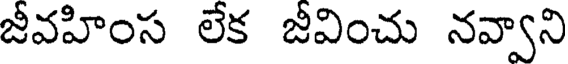
జీవహింస లేక జీవించు నవ్వాని